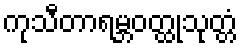
ကုသီတာရမ္ဘဝတ္ထုသုတ္တံ